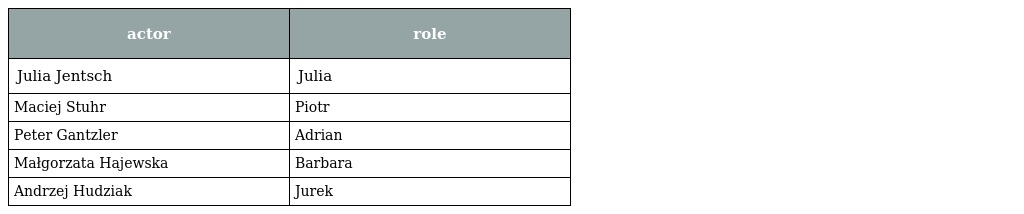
| actor | role |
 | --- | --- |
 | Julia Jentsch | Julia |
 | Maciej Stuhr | Piotr |
 | Peter Gantzler | Adrian |
 | Małgorzata Hajewska | Barbara |
 | Andrzej Hudziak | Jurek |